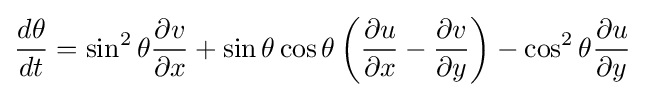
{\frac {d\theta }{dt}}=\sin ^{2}\theta {\frac {\partial v}{\partial x}}+\sin \theta \cos \theta \left({\frac {\partial u}{\partial x}}-{\frac {\partial v}{\partial y}}\right)-\cos ^{2}\theta {\frac {\partial u}{\partial y}}